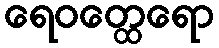
ရေဝတ္ထေရော